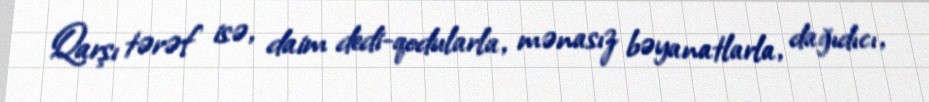
Qarşı tərəf isə, daim dedi-qodularla, mənasız bəyanatlarla, dağıdıcı,